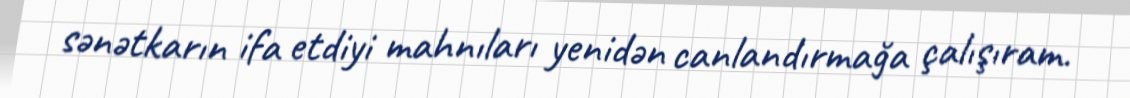
sənətkarın ifa etdiyi mahnıları yenidən canlandırmağa çalışıram.